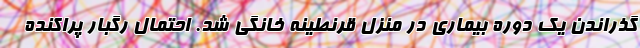
گذراندن یک دوره بیماری در منزل قرنطینه خانگی شد. احتمال رگبار پراکنده